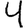
Digit: 4